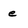
Character: e